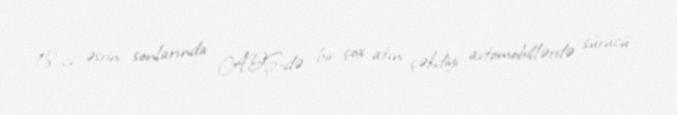
18-ci əsrin sonlarında ABŞ-də bir çox atın çəkdiyi avtomobillərdə sürücü